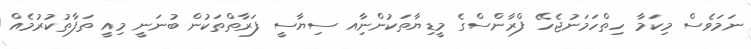
ނަމަވެސް މިކަމާ ހިތްހަމަނުޖެހޭ ފްރާންސްގެ މީޑިޔާތަކުންނާިއ ސިޔާސީ ފަރާތްތަކުން ބުނަނީ މިއީ ތަފާތުކުރުމެއް